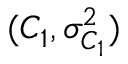
( C _ { 1 } , \sigma _ { C _ { 1 } } ^ { 2 } )